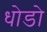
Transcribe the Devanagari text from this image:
धोडो